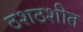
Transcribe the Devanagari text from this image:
ठशठशीत